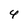
Character: 4